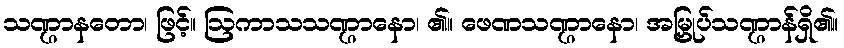
သဏ္ဌာနတော၊ ဖြင့်။ ဩကာသသဏ္ဌာနော၊ ၏။ ဖေဏသဏ္ဌာနော၊ အမြှုပ်သဏ္ဌာန်ရှိ၏။